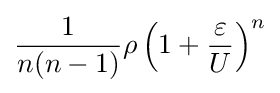
{\frac {1}{n(n-1)}}\rho \left(1+{\frac {\varepsilon }{U}}\right)^{n}